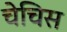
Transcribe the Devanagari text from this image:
चेचिस